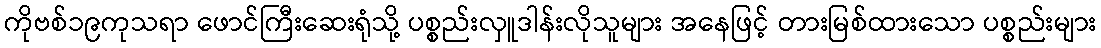
ကိုဗစ်၁၉ကုသရာ ဖောင်ကြီးဆေးရုံသို့ ပစ္စည်းလှူဒါန်းလိုသူများ အနေဖြင့် တားမြစ်ထားသော ပစ္စည်းများ